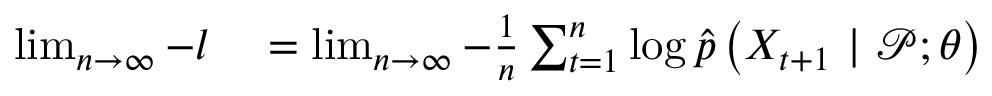
\begin{array} { r l } { \operatorname* { l i m } _ { n \to \infty } - { l } } & { { } = \operatorname* { l i m } _ { n \to \infty } - \frac { 1 } { n } \sum _ { t = 1 } ^ { n } \log \widehat { p } \left( X _ { t + 1 } ~ | ~ \mathcal { P } ; \theta \right) } \end{array}